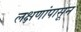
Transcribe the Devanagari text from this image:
लक्षणांपासून